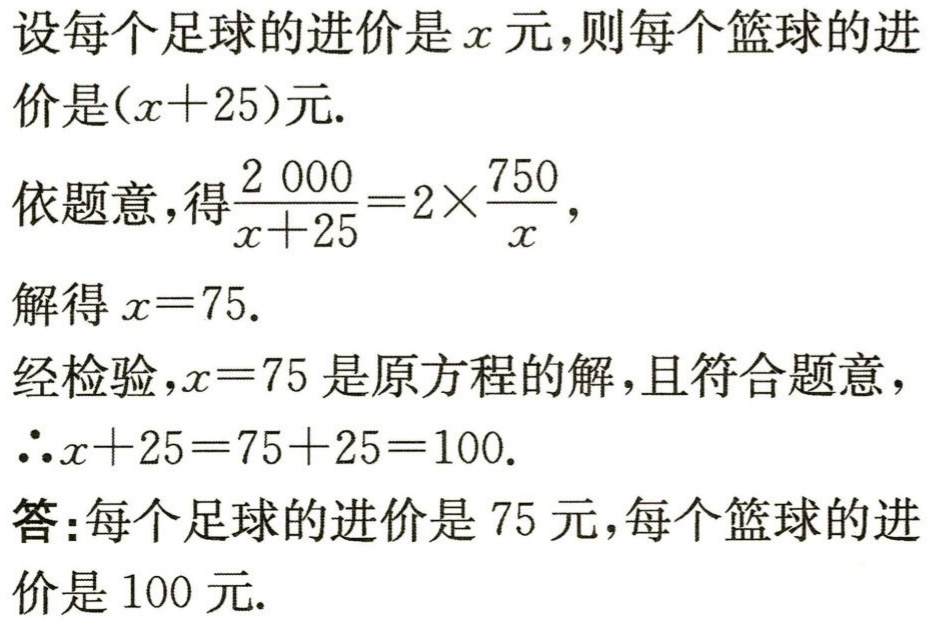
设每个足球的进价是\(x\)元，则每个篮球的进价是\((x + 25)\)元.

依题意，得\(\frac{2000}{x + 25} = 2\times\frac{750}{x}\)，

解得\(x = 75\).

经检验，\(x = 75\)是原方程的解，且符合题意，

\(\therefore x + 25 = 75 + 25 = 100\).

答：每个足球的进价是\(75\)元，每个篮球的进价是\(100\)元.